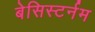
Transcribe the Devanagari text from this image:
बेसिस्टर्नम